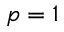
p = 1